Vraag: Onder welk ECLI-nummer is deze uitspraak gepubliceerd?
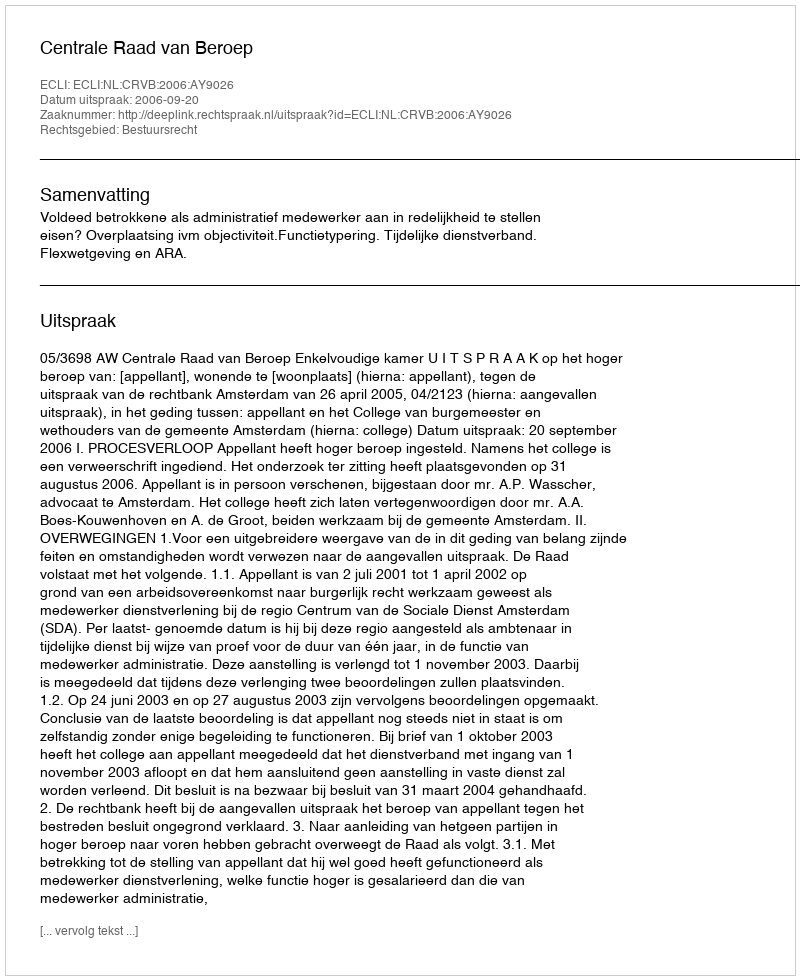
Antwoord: ECLI:NL:CRVB:2006:AY9026